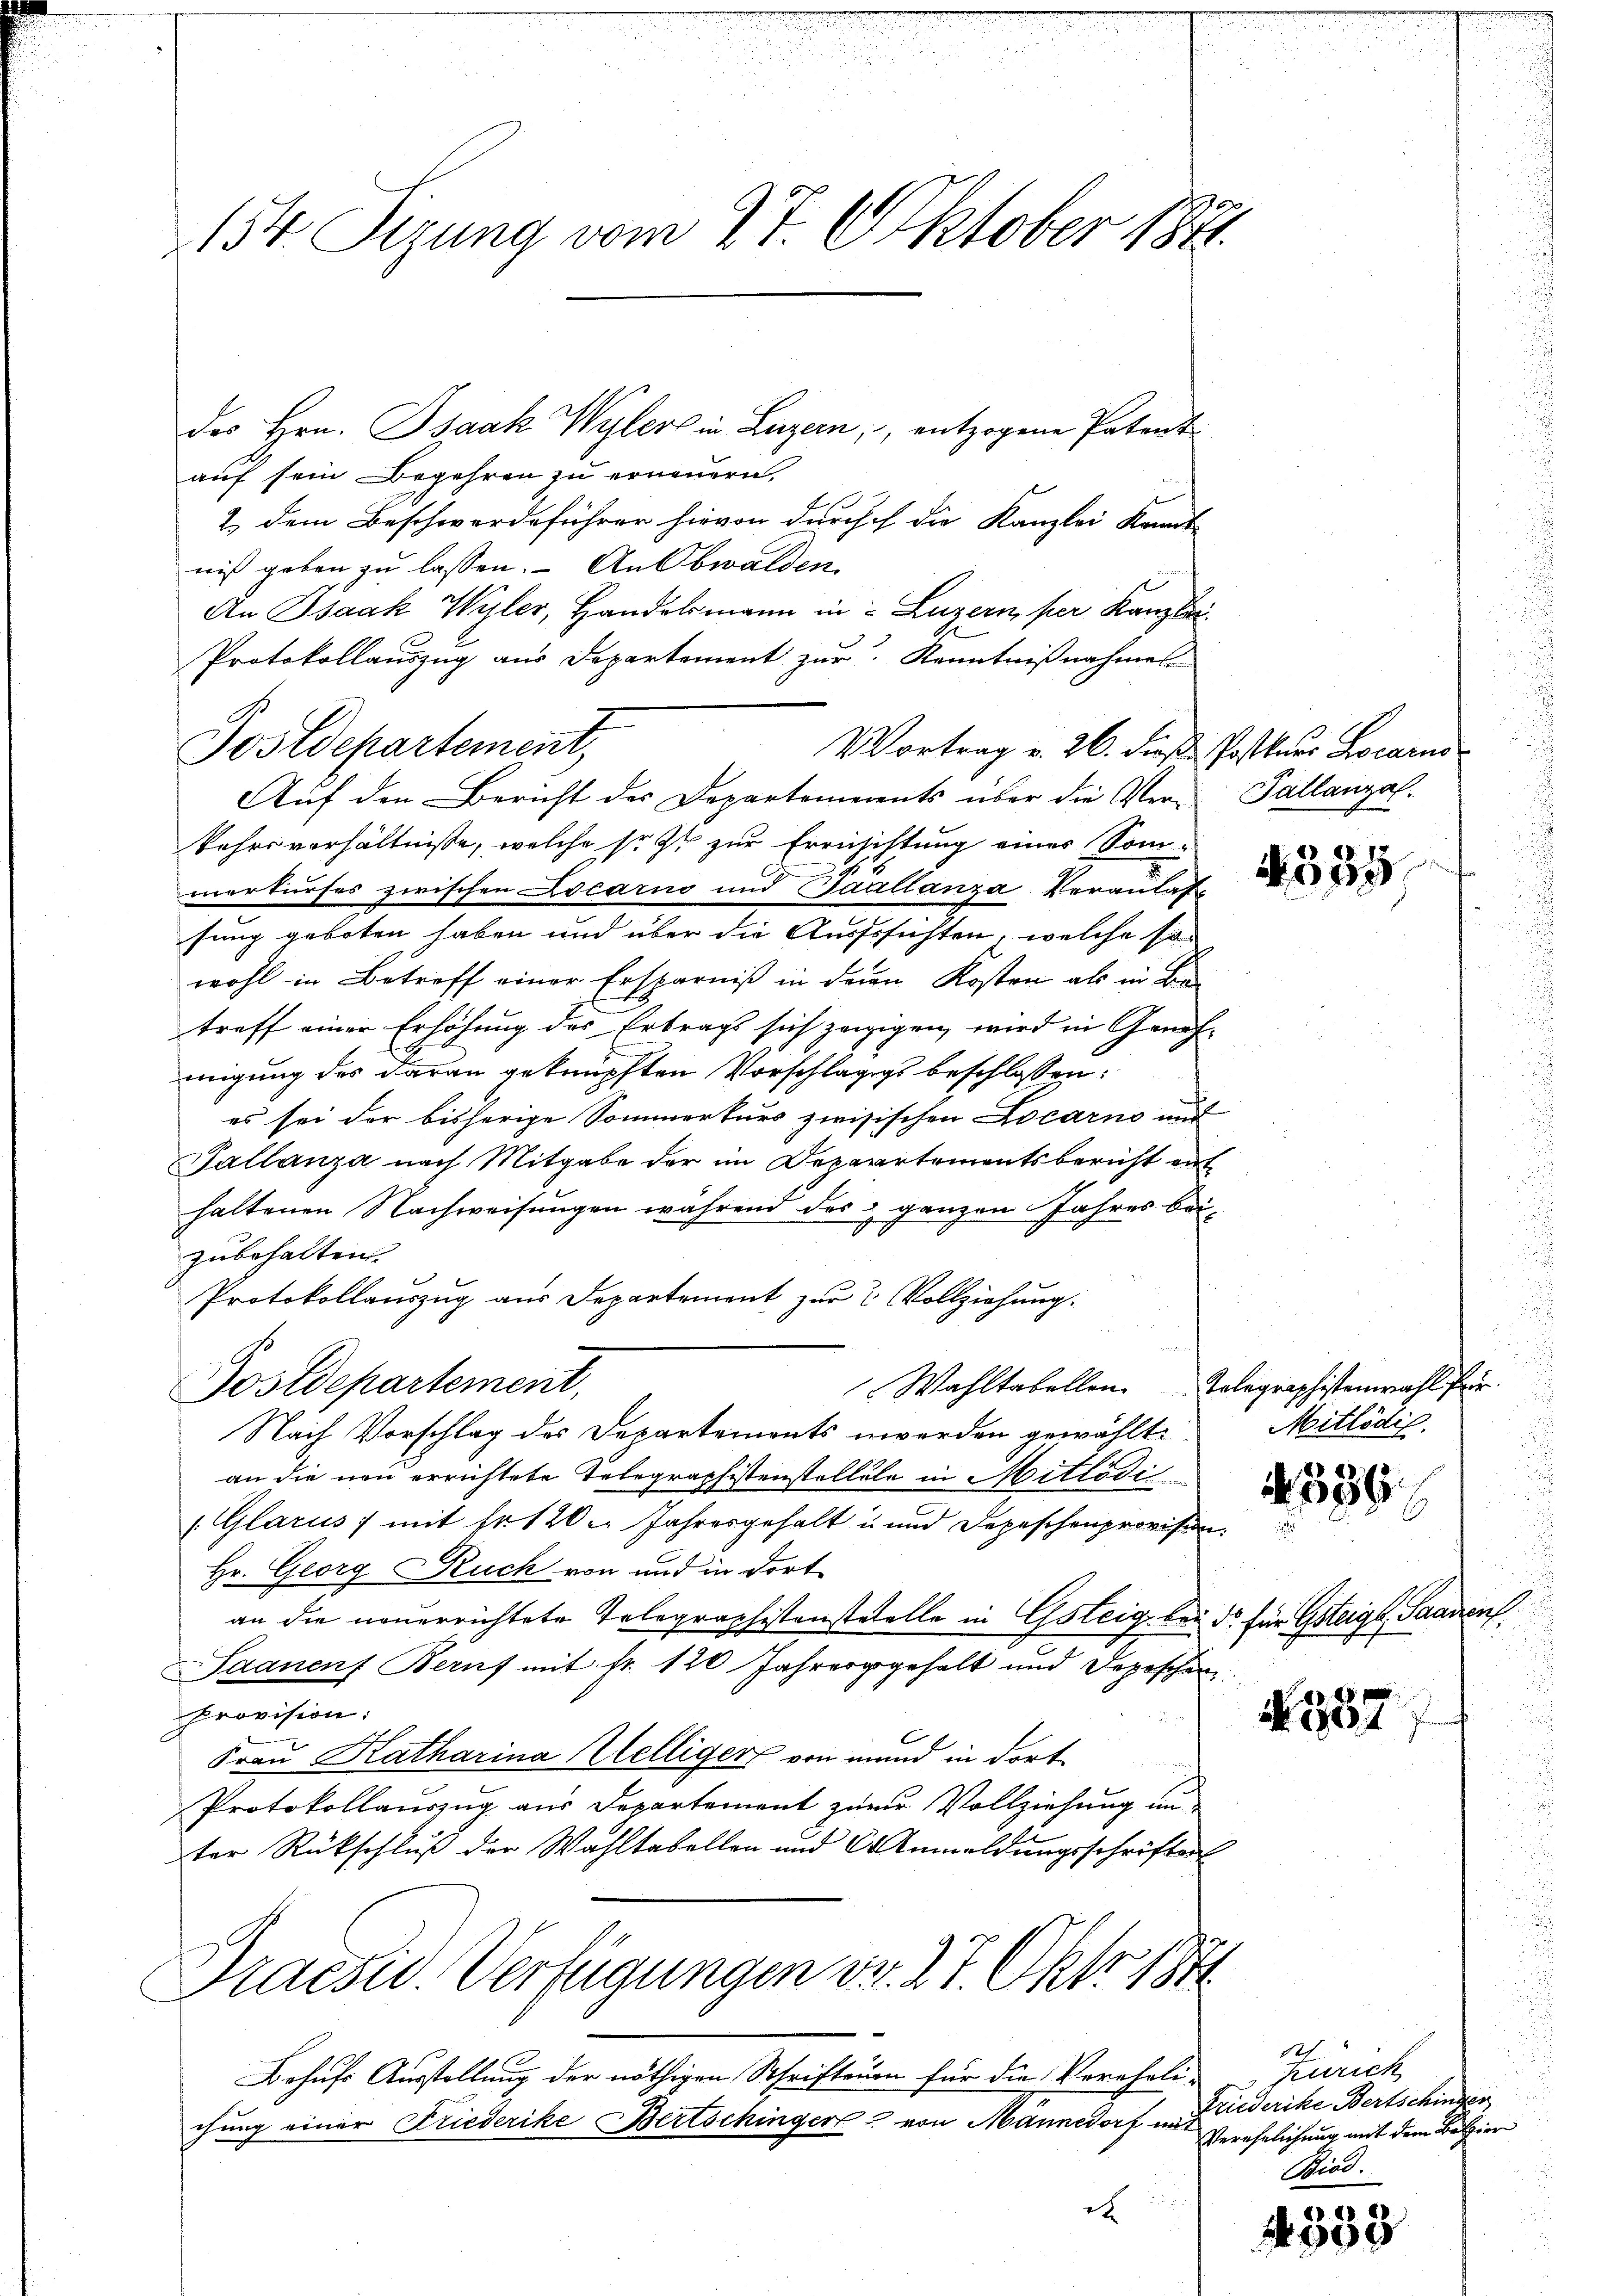
154 Sizung vom 27. Oktober 1891.

des Hrn. Isaak Wylers in Luzern, entzogene Patent

auf sein Begehren zu erneuern,
2. dem Beschwerdeführer hievon durchch die Kanzlei Kant
niß geben zu lassen. An Obwalden
An Isaak Wyler, Handelsmann in Luzern per Kanzlei.
Protokollauszug aus Departement zur Kenntnißnahmes
Jostdepartement,
Vortrag v. 26. Fuß. Postkurs Locarn
Aŭf den Bericht der Departements über die Ver-Pallanzal.
kehrsverhältnisse, welche so ist zur Errichtung eines Sommerkurses zwischen Locarno und Saallanza Veranlaß
sung geboten haben und über die Aussichten, welche sich
wohl in Betreff einer Ersparniß in deren Kosten als in Be-
treff einer Erhöhung des Ertrags sich zeizigen, wird in Geneh-
migung des daran geknüpften Vorschlägigs beschlossen:
es sei der bisherige Sommerturs zwisischen Locarno und
Tallanza nach Mitgabe der im Depaartementsbericht enthaltenen Nachweisungen während des & ganzen Jahres bei-
zubehalten.
Protokollauszug aus Departement zur 2 Vollziehung.
.
Wahltabellen Telegraphistenwahl für
Postdepartement,
Nach Vorschlag des Departements werden gewählt. Mitlödig
an die neu errichtete Telegraphistenstellele in Mitlödi
(Glarus 7 mit fr. 120. Jahresgehalt u und Depeschenprovision.
Hr. Georg Ruch von und in dort
an die neuerrichtete Telegraphistenstetelle in Gsteig, bei de für Gsteigl, Saanenf
Saanen Beruf mit Fr. 120 Jahrengehalt und Depeschen
Provision:
Frau Katharina Helliger von mund in dort
Protokollauszug aus Departement zur Vollziehung un
ter Rückschluß der Wahltabellen und 60 Anmeldungsschriften
Praesid. Verfügungen dr. 27. Okt 1871
e
Behufs Ausstellung der nöthigen Schriftenen für die Vereheli-
chung einer Friederike Bertschinger von Männedorf mit
d

589/

N 557

Zürich
Friederike Bertschinder
Verehelichung mit dem Bezier
Stind.

4333